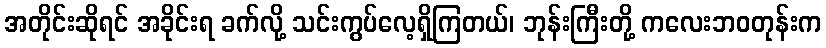
အတိုင်းဆိုရင် အခိုင်းရ ခက်လို့ သင်းကွပ်လေ့ရှိကြတယ်၊ ဘုန်းကြီးတို့ ကလေးဘဝတုန်းက